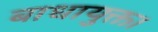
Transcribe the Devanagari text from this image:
बाधायुक्त।